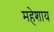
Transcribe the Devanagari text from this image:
महेशाय